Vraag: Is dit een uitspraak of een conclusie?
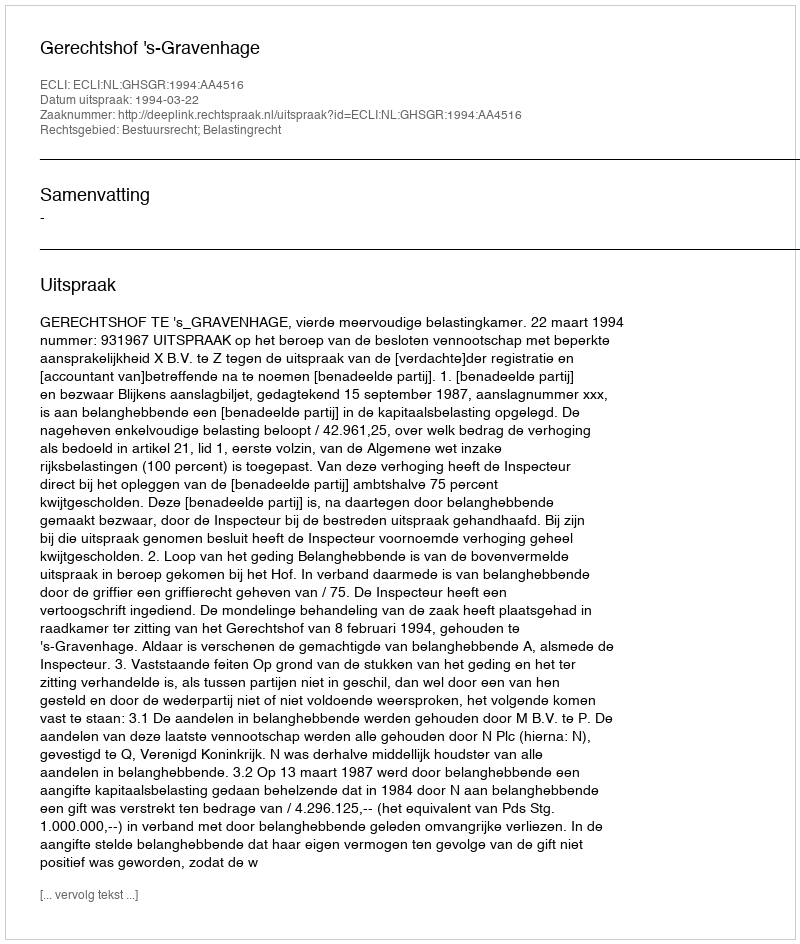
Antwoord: Uitspraak